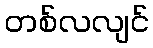
တစ်လလျင်